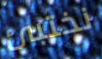
نختبئ